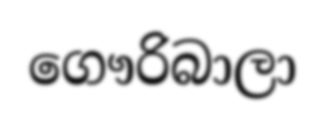
ගෞරිබාලා